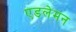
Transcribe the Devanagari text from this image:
एडलेमन